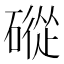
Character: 磫